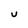
Character: U